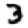
Digit: 3